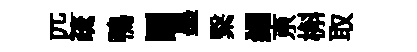
匹疏鴨鬬墨繄糴亰槲取